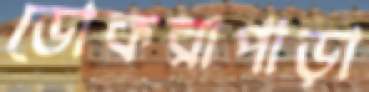
ডোকরাপাড়া